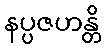
နပ္ပဇဟန္တိ